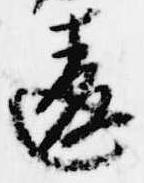
違